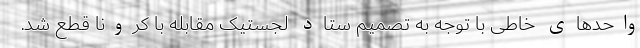
واحدهای خاطی با توجه به تصمیم ستاد لجستیک مقابله با کرونا قطع شد.